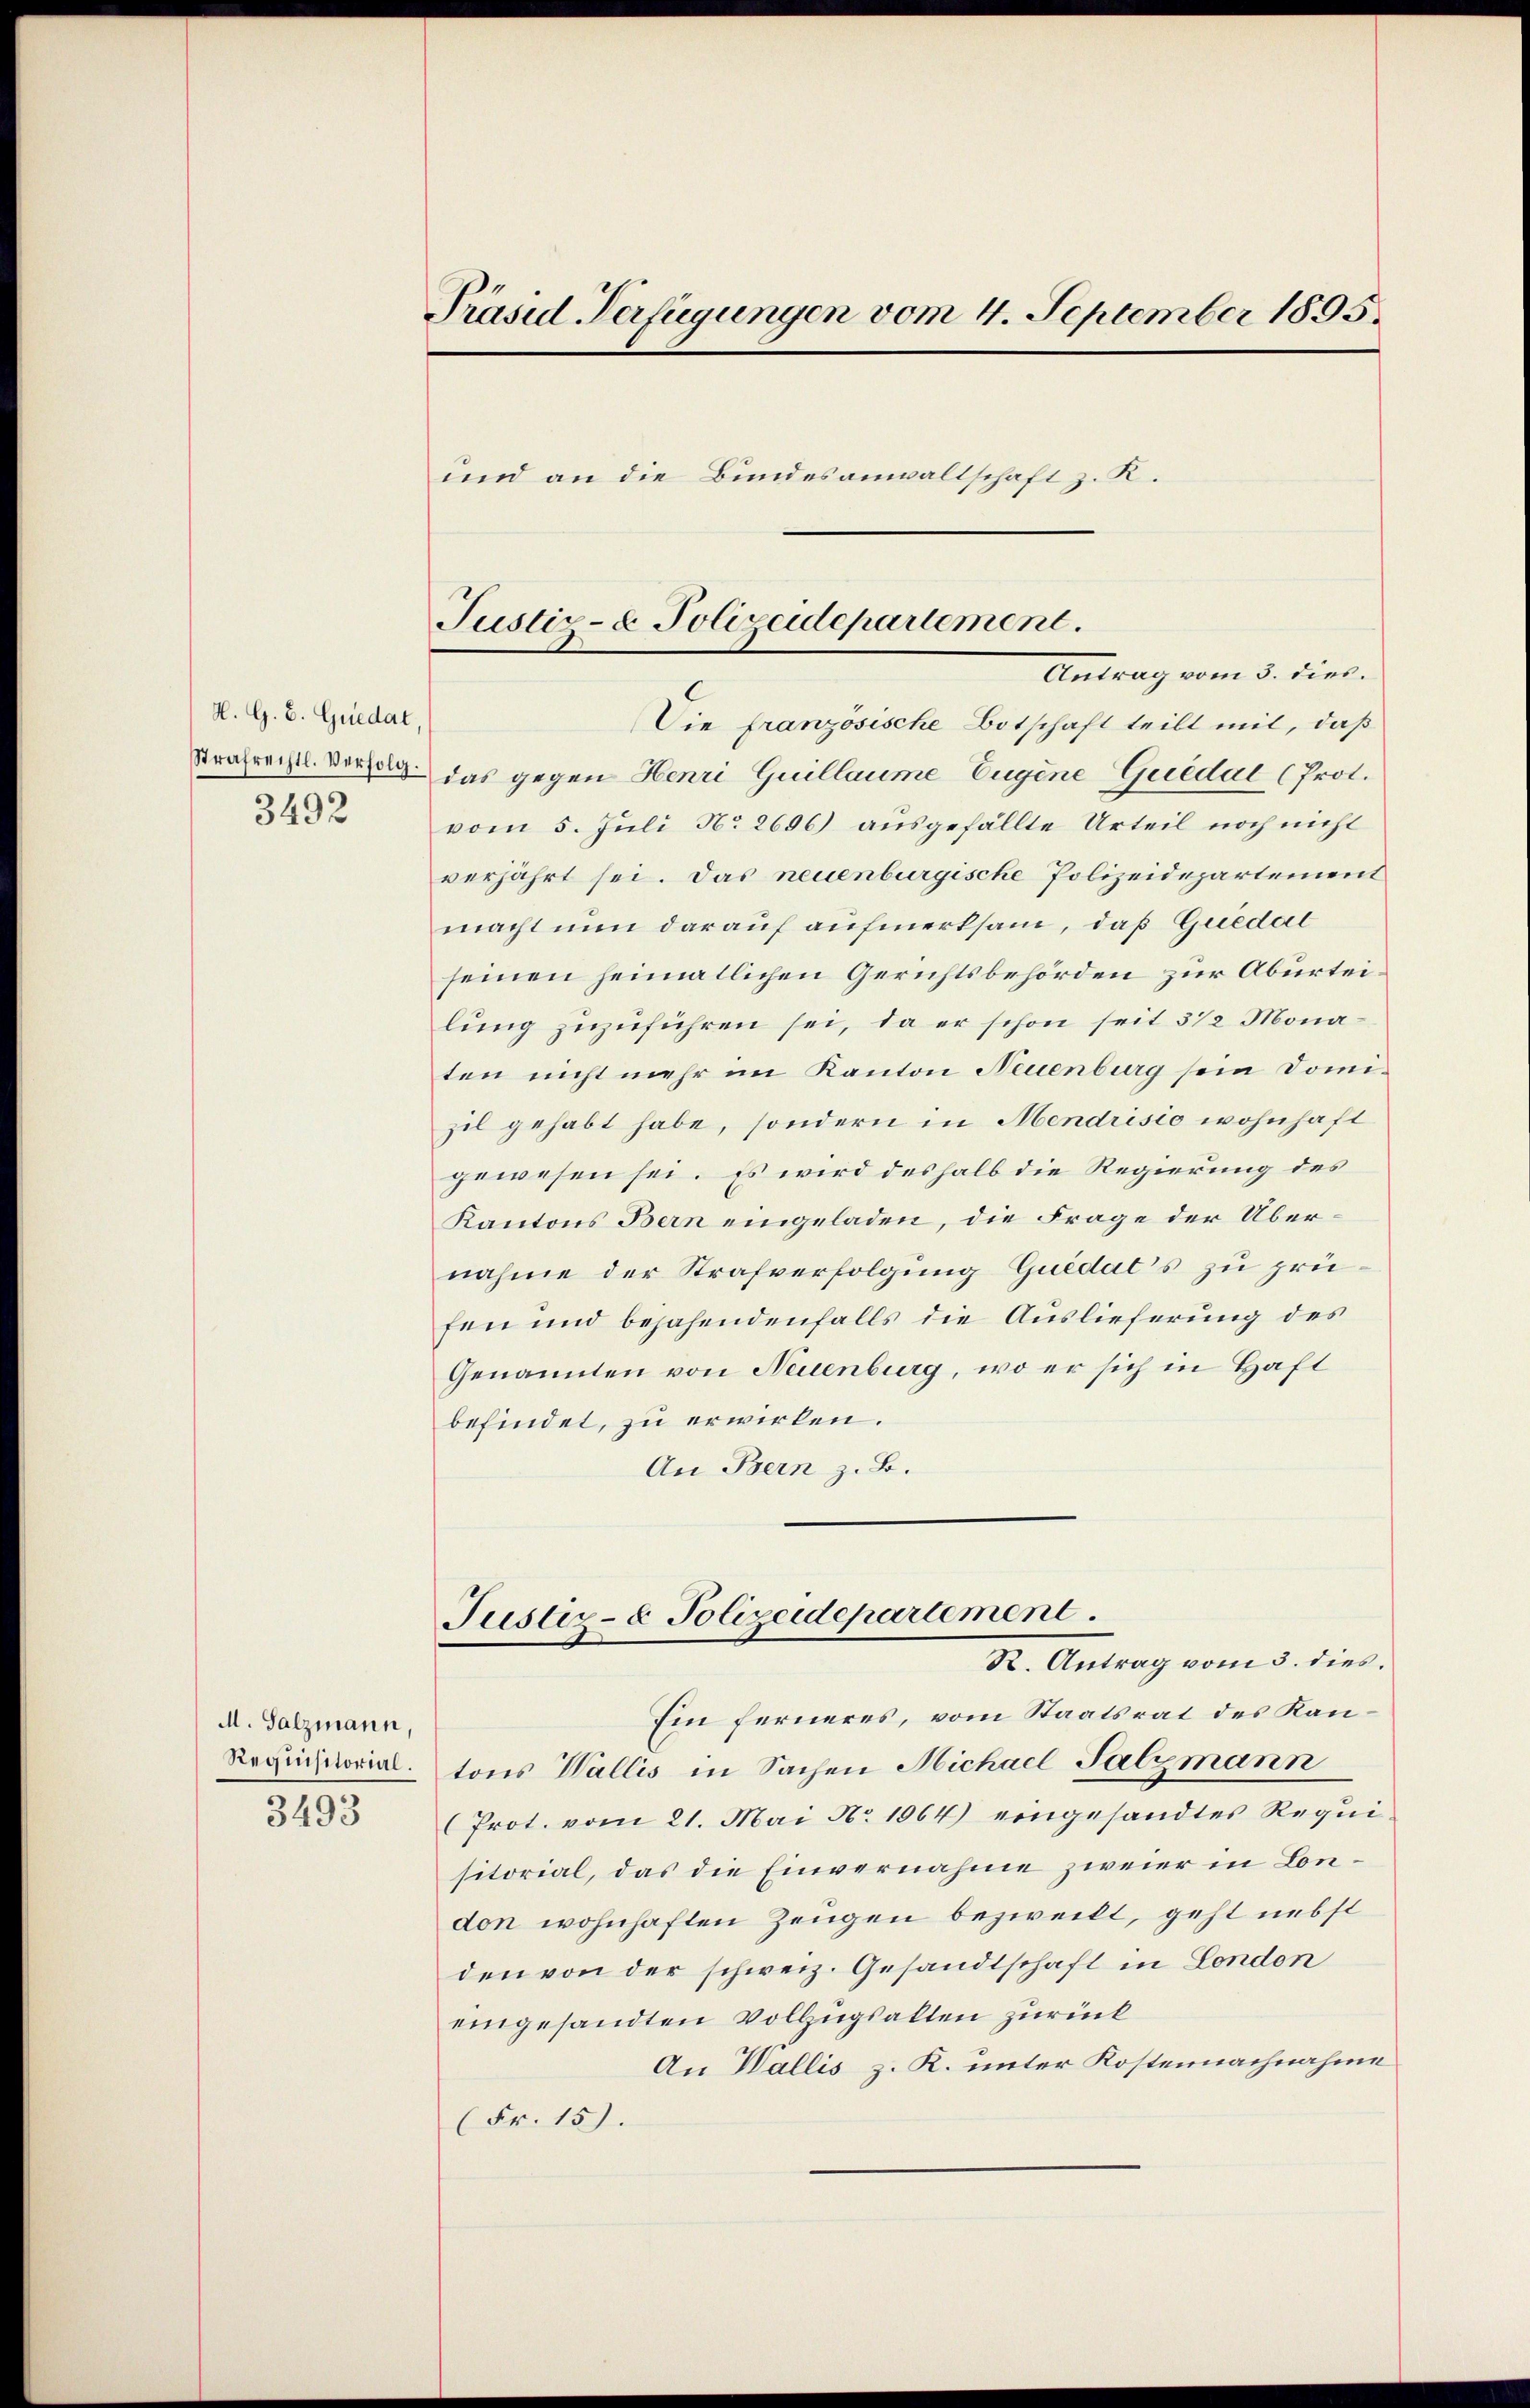
H. G. B. Quedat
3492

M. Salzmann,
Requisitorial.

3493

Präsid Verfügungen vom 4. September 1895.
und an die Bundesanwaltschaft z. K.

Justiz- & Polizeidepartement.
Antrag vom 5. dies.

Die französische Botschaft teilt mit, daß
Strafrechtl. Vorzel das gegen Henri Guillaume Eugene Guidal (Prot.
vom 5. Jŭli No 2696 aŭsgefällte Urteil noch nicht
verjährt sei. Das neuenburgische Polizeidepartement
macht nun darauf aufmerksam, daß Guedal
seinen heimatlichen Gerichtsbehörden zur Aburteilung zuzuführen sei, da er schon seit 3 1/2 Monaten nicht mehr im Kanton Neuenburg sein Domizil gehabt habe, sondern in Mendrisio wohnhaft
gewesen sei. Es wird deshalb die Regierung des
Kantons Bern eingeladen, die Frage der Übernahme der Strafverfolgung Quedal’s zu prüfen und bejahendenfalls die Auslieferung des
Genannten von Neuenburg, wo er sich in Haft
befindet, zu erwirken.
An Bern z. B.

Justiz- & Polizeidepartement.
R. Antrag vom 3. dies.
Ein ferneres, vom Staatsrat des Kan¬

tons Wallis in Sachen Nichael Salzmann
(Prot. vom 21. Mai No 1064) eingesandtes Requisitorial, das die Einvernahme zweier in London wohnhaften Zeugen bezweilt, geht nebst
den von der schweiz. Gesandtschaft in London
eingesandten Vollzugsalten zurück
An Wallis z. R. unter Kostennachnahme
(Fr. 15).